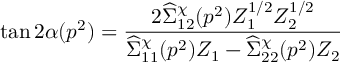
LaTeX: \tan 2 \alpha ( p ^ { 2 } ) = { \frac { 2 \widehat \Sigma _ { 1 2 } ^ { \chi } ( p ^ { 2 } ) Z _ { 1 } ^ { 1 / 2 } Z _ { 2 } ^ { 1 / 2 } } { \widehat \Sigma _ { 1 1 } ^ { \chi } ( p ^ { 2 } ) Z _ { 1 } - \widehat \Sigma _ { 2 2 } ^ { \chi } ( p ^ { 2 } ) Z _ { 2 } } }